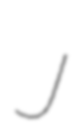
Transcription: J